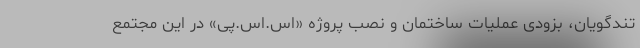
تندگویان، بزودی عملیات ساختمان و نصب پروژه «اس.اس.پی» در این مجتمع